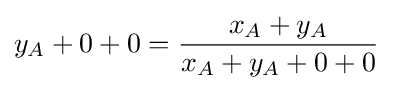
y_{A}+0+0={\frac {x_{A}+y_{A}}{x_{A}+y_{A}+0+0}}